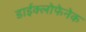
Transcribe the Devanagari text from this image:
डाईक्लोफेनेक